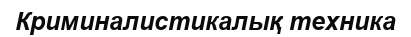
Криминалистикалық техника